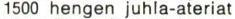
1500 hengen juhla-ateriat